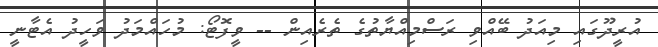
އުރީދޫގައި މިއަދު ބޭއްވި ރަސްމިއްޔާތުގެ ތެރެއިން -- ވީފޮޓޯ: މުހައްމަދު ވަހީދު އެޓާނީ